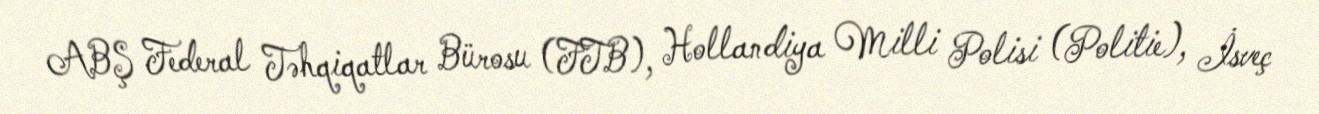
ABŞ Federal Təhqiqatlar Bürosu (FTB), Hollandiya Milli Polisi (Politie), İsveç